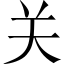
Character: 关